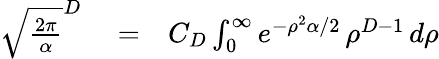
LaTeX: \begin{array}{rlr}{\sqrt{\frac{2\pi}{\alpha}}^{D}}&{{}=}&{C_{D}\int_{0}^{\infty}e^{-\rho^{2}\alpha/2}\, \rho^{D-1}\, d\rho}\end{array}